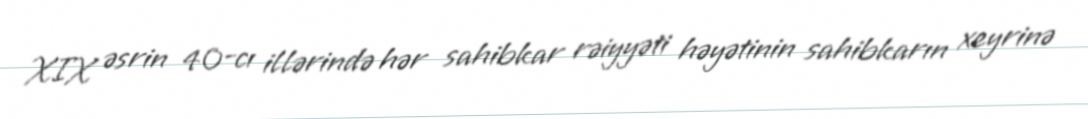
XIX əsrin 40-cı illərində hər sahibkar rəiyyəti həyətinin sahibkarın xeyrinə